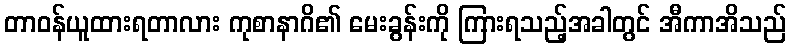
တာဝန်ယူထားရတာလား ကုစာနာဂိ၏ မေးခွန်းကို ကြားရသည့်အခါတွင် အီကာအိသည်